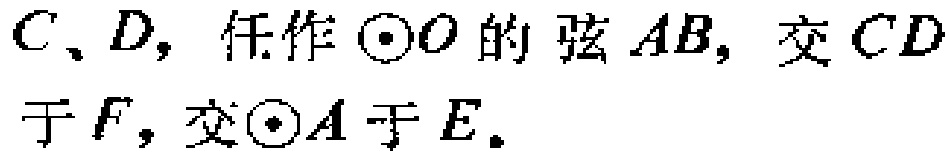
$C、D，任作\odot O的弦AB，交CD于F，交\odot A于E。$